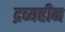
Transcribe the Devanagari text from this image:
द्रव्यहीन